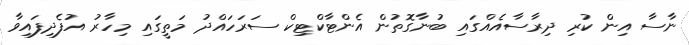
ނާސާ އިން ކުރި ދިރާސާއެއްގައި ބުނާގޮތުން އެންޓާކްޓިކް ސަރަހައްދު މަތީގައި މިހާރު އުފެދިފައިވާ